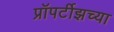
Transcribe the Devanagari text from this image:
प्रॉपर्टीझच्या